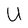
Character: U